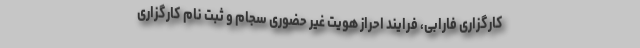
کارگزاری فارابی، فرایند احراز هویت غیر حضوری سجام و ثبت‌ نام کارگزاری